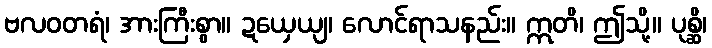
ဗလဝတရံ၊ အားကြီးစွာ။ ဍယှေယျ၊ လောင်ရာသနည်း။ ဣတိ၊ ဤသို့။ ပုစ္ဆိ၊